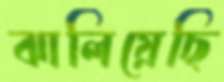
ঝালিয়েছি